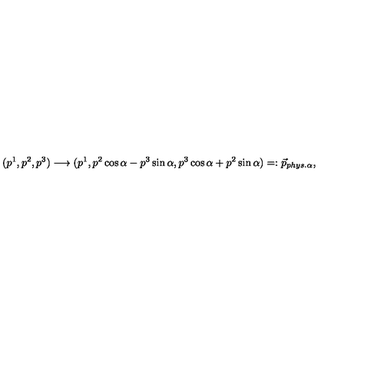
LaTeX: ( p ^ { 1 } , p ^ { 2 } , p ^ { 3 } ) \longrightarrow ( p ^ { 1 } , p ^ { 2 } \cos \alpha - p ^ { 3 } \sin \alpha , p ^ { 3 } \cos \alpha + p ^ { 2 } \sin \alpha ) = : \vec { p } _ { p h y s . \alpha } ,